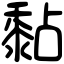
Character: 黏